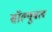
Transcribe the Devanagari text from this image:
सॉल्यूबल